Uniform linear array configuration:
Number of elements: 48
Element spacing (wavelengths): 1
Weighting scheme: kaiser
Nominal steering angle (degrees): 0
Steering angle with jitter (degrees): -1.984
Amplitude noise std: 0.05
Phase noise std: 0.05

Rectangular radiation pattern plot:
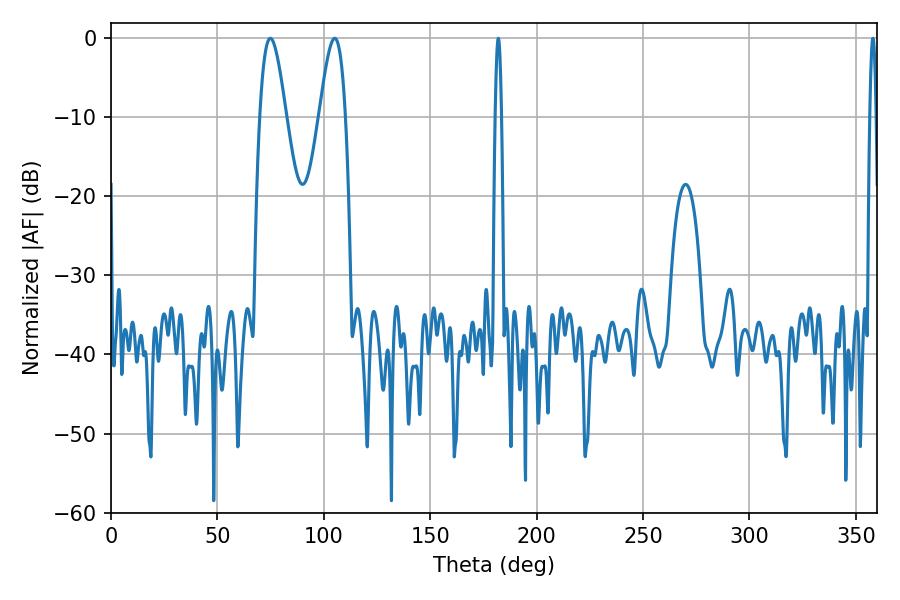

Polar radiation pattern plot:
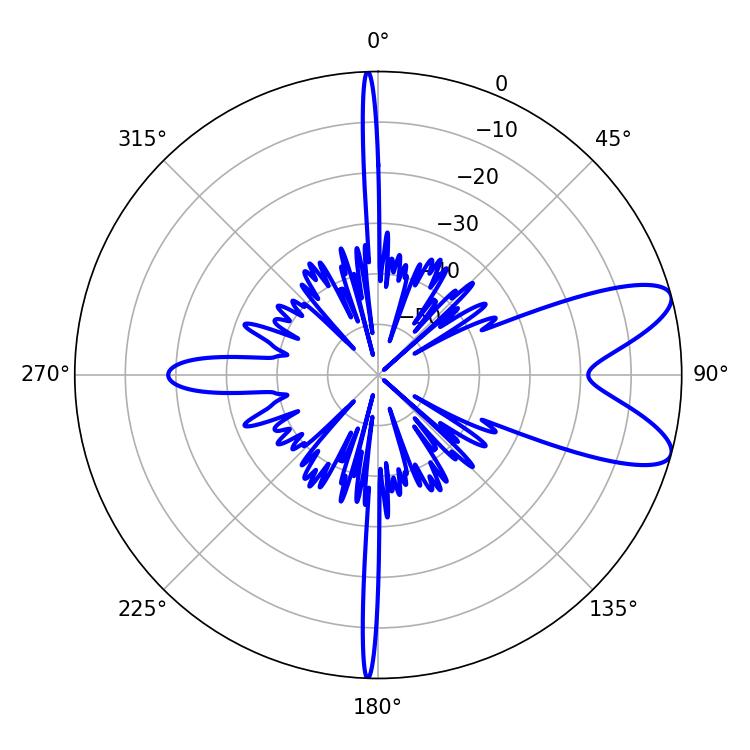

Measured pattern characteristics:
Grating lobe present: TRUE
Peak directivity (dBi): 9.106
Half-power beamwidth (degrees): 6.48
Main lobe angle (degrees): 74.88